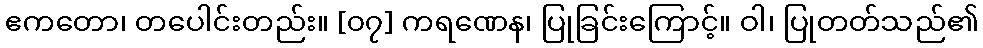
ဧကတော၊ တပေါင်းတည်း။ [၀၇] ကရဏေန၊ ပြုခြင်းကြောင့်။ ဝါ၊ ပြုတတ်သည်၏